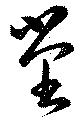
堂